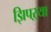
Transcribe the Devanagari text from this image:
झिपऱ्या